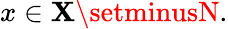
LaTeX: {x\in\mathbf{X}\setminusN}.